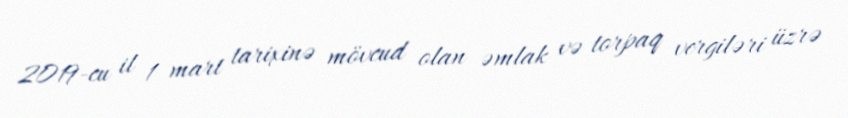
2019-cu il 1 mart tarixinə mövcud olan əmlak və torpaq vergiləri üzrə